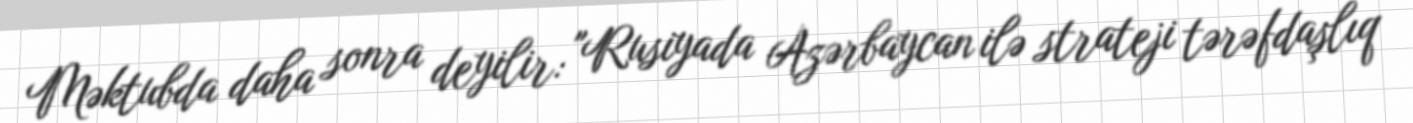
Məktubda daha sonra deyilir: "Rusiyada Azərbaycan ilə strateji tərəfdaşlıq